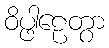
ဝိပ္ဖါဠေတွာ